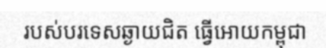
របស់បរទេសឆ្ងាយជិត ធ្វើអោយកម្ពុជា